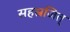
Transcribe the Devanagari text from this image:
सहस्रजित्